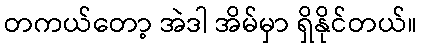
တကယ်တော့ အဲဒါ အိမ်မှာ ရှိနိုင်တယ်။